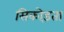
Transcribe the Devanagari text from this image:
सिकोड़ता